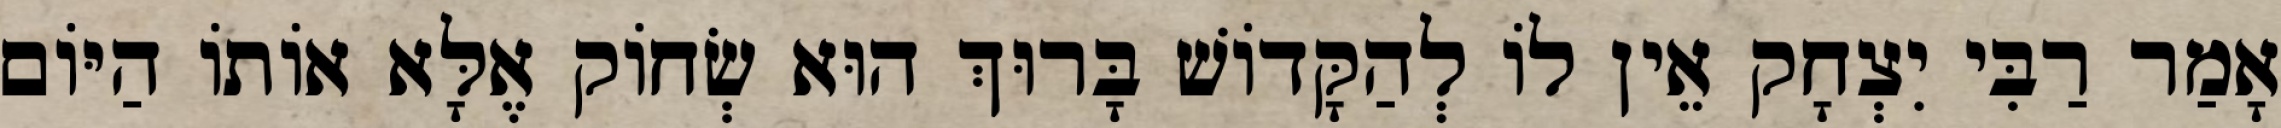
אָמַר רַבִּי יִצְחָק אֵין לוֹ לְהַקָּדוֹשׁ בָּרוּךְ הוּא שְׂחוֹק אֶלָּא אוֹתוֹ הַיּוֹם